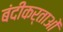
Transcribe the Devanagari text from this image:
बंदीकर्ताओं